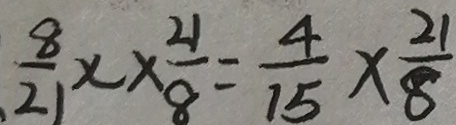
\frac { 8 } { 2 } \times \frac { 2 1 } { 8 } = \frac { 4 } { 1 5 } \times \frac { 2 1 } { 8 }